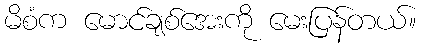
မိစံက မောင်ချစ်အေးကို မေးပြန်တယ်။